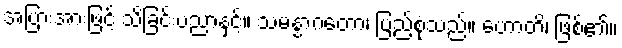
အပြားအားဖြင့် သိခြင်းပညာနှင့်။ သမန္နာဂတော၊ ပြည့်စုံသည်။ ဟောတိ၊ ဖြစ်၏။